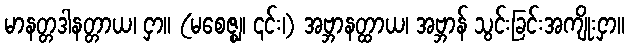
မာနတ္တဒါနတ္တာယ၊ ငှာ။ (မစေဇ္ဈ၊ ၎င်း၊) အဗ္ဘာနတ္ထာယ၊ အဗ္ဘာန် သွင်းခြင်းအကျိုးငှာ။